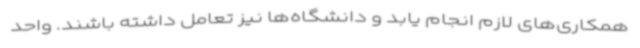
همکاری‌های لازم انجام یابد و دانشگاه‌ها نیز تعامل داشته باشند. واحد